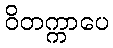
ဝိတက္ကာပေ